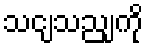
သငျသညျကို